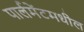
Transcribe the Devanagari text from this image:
पार्लमेंटमधील